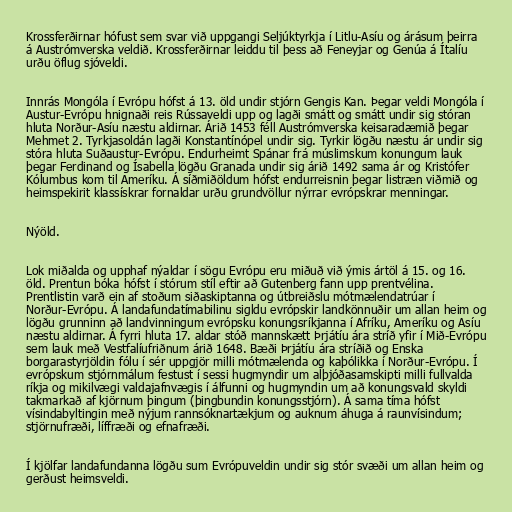
Krossferðirnar hófust sem svar við uppgangi Seljúktyrkja í Litlu-Asíu og árásum þeirra
á Austrómverska veldið. Krossferðirnar leiddu til þess að Feneyjar og Genúa á Ítalíu
urðu öflug sjóveldi.

Innrás Mongóla í Evrópu hófst á 13. öld undir stjórn Gengis Kan. Þegar veldi Mongóla í
Austur-Evrópu hnignaði reis Rússaveldi upp og lagði smátt og smátt undir sig stóran
hluta Norður-Asíu næstu aldirnar. Árið 1453 féll Austrómverska keisaradæmið þegar
Mehmet 2. Tyrkjasoldán lagði Konstantínópel undir sig. Tyrkir lögðu næstu ár undir sig
stóra hluta Suðaustur-Evrópu. Endurheimt Spánar frá múslimskum konungum lauk
þegar Ferdinand og Ísabella lögðu Granada undir sig árið 1492 sama ár og Kristófer
Kólumbus kom til Ameríku. Á síðmiðöldum hófst endurreisnin þegar listræn viðmið og
heimspekirit klassískrar fornaldar urðu grundvöllur nýrrar evrópskrar menningar.

Nýöld.

Lok miðalda og upphaf nýaldar í sögu Evrópu eru miðuð við ýmis ártöl á 15. og 16.
öld. Prentun bóka hófst í stórum stíl eftir að Gutenberg fann upp prentvélina.
Prentlistin varð ein af stoðum siðaskiptanna og útbreiðslu mótmælendatrúar í
Norður-Evrópu. Á landafundatímabilinu sigldu evrópskir landkönnuðir um allan heim og
lögðu grunninn að landvinningum evrópsku konungsríkjanna í Afríku, Ameríku og Asíu
næstu aldirnar. Á fyrri hluta 17. aldar stóð mannskætt Þrjátíu ára stríð yfir í Mið-Evrópu
sem lauk með Vestfalíufriðnum árið 1648. Bæði Þrjátíu ára stríðið og Enska
borgarastyrjöldin fólu í sér uppgjör milli mótmælenda og kaþólikka í Norður-Evrópu. Í
evrópskum stjórnmálum festust í sessi hugmyndir um alþjóðasamskipti milli fullvalda
ríkja og mikilvægi valdajafnvægis í álfunni og hugmyndin um að konungsvald skyldi
takmarkað af kjörnum þingum (þingbundin konungsstjórn). Á sama tíma hófst
vísindabyltingin með nýjum rannsóknartækjum og auknum áhuga á raunvísindum;
stjörnufræði, líffræði og efnafræði.

Í kjölfar landafundanna lögðu sum Evrópuveldin undir sig stór svæði um allan heim og
gerðust heimsveldi.